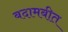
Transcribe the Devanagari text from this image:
बदामबीत